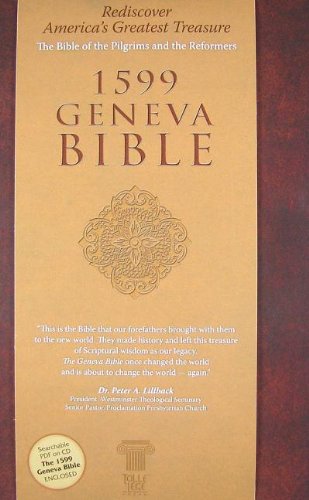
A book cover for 1599 Geneva Bible; Christian Books & Bibles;